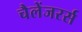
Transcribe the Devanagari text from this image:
चैलेंजरर्स